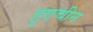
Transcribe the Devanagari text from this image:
हुएचीन